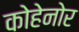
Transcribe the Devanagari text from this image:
कोहेनोर